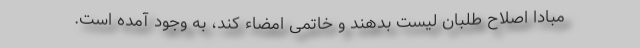
مبادا اصلاح طلبان لیست بدهند و خاتمی امضاء کند، به وجود آمده است.